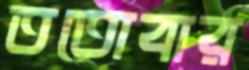
ততোবার